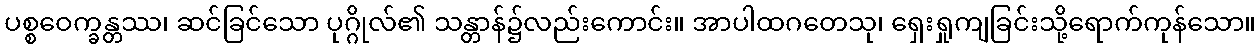
ပစ္စဝေက္ခန္တဿ၊ ဆင်ခြင်သော ပုဂ္ဂိုလ်၏ သန္တာန်၌လည်းကောင်း။ အာပါထဂတေသု၊ ရှေးရှုကျခြင်းသို့ရောက်ကုန်သော။